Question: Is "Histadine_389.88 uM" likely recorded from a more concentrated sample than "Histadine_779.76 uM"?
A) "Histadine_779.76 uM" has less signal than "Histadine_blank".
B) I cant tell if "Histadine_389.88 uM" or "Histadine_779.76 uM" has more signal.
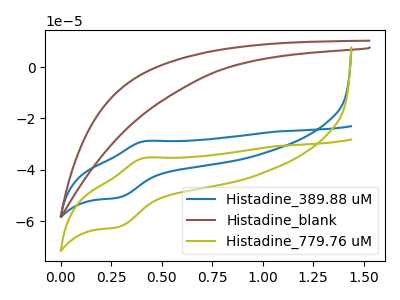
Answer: <think>The blue curve "Histadine_389.88 uM" has an anodic peak at (0.40V, -28.90uA) and a cathodic peak at (0.30V, -50.80uA). The brown curve "Histadine_blank" has no peaks. The olive curve "Histadine_779.76 uM" has an anodic peak at (0.40V, -35.40uA) and a cathodic peak at (0.30V, -62.25uA).
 All the peaks in "Histadine_389.88 uM" have a peak in "Histadine_779.76 uM" at the same potential.</think>
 <answer>B) I cant tell if "Histadine_389.88 uM" or "Histadine_779.76 uM" has more signal.</answer>
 <eval>B</eval>